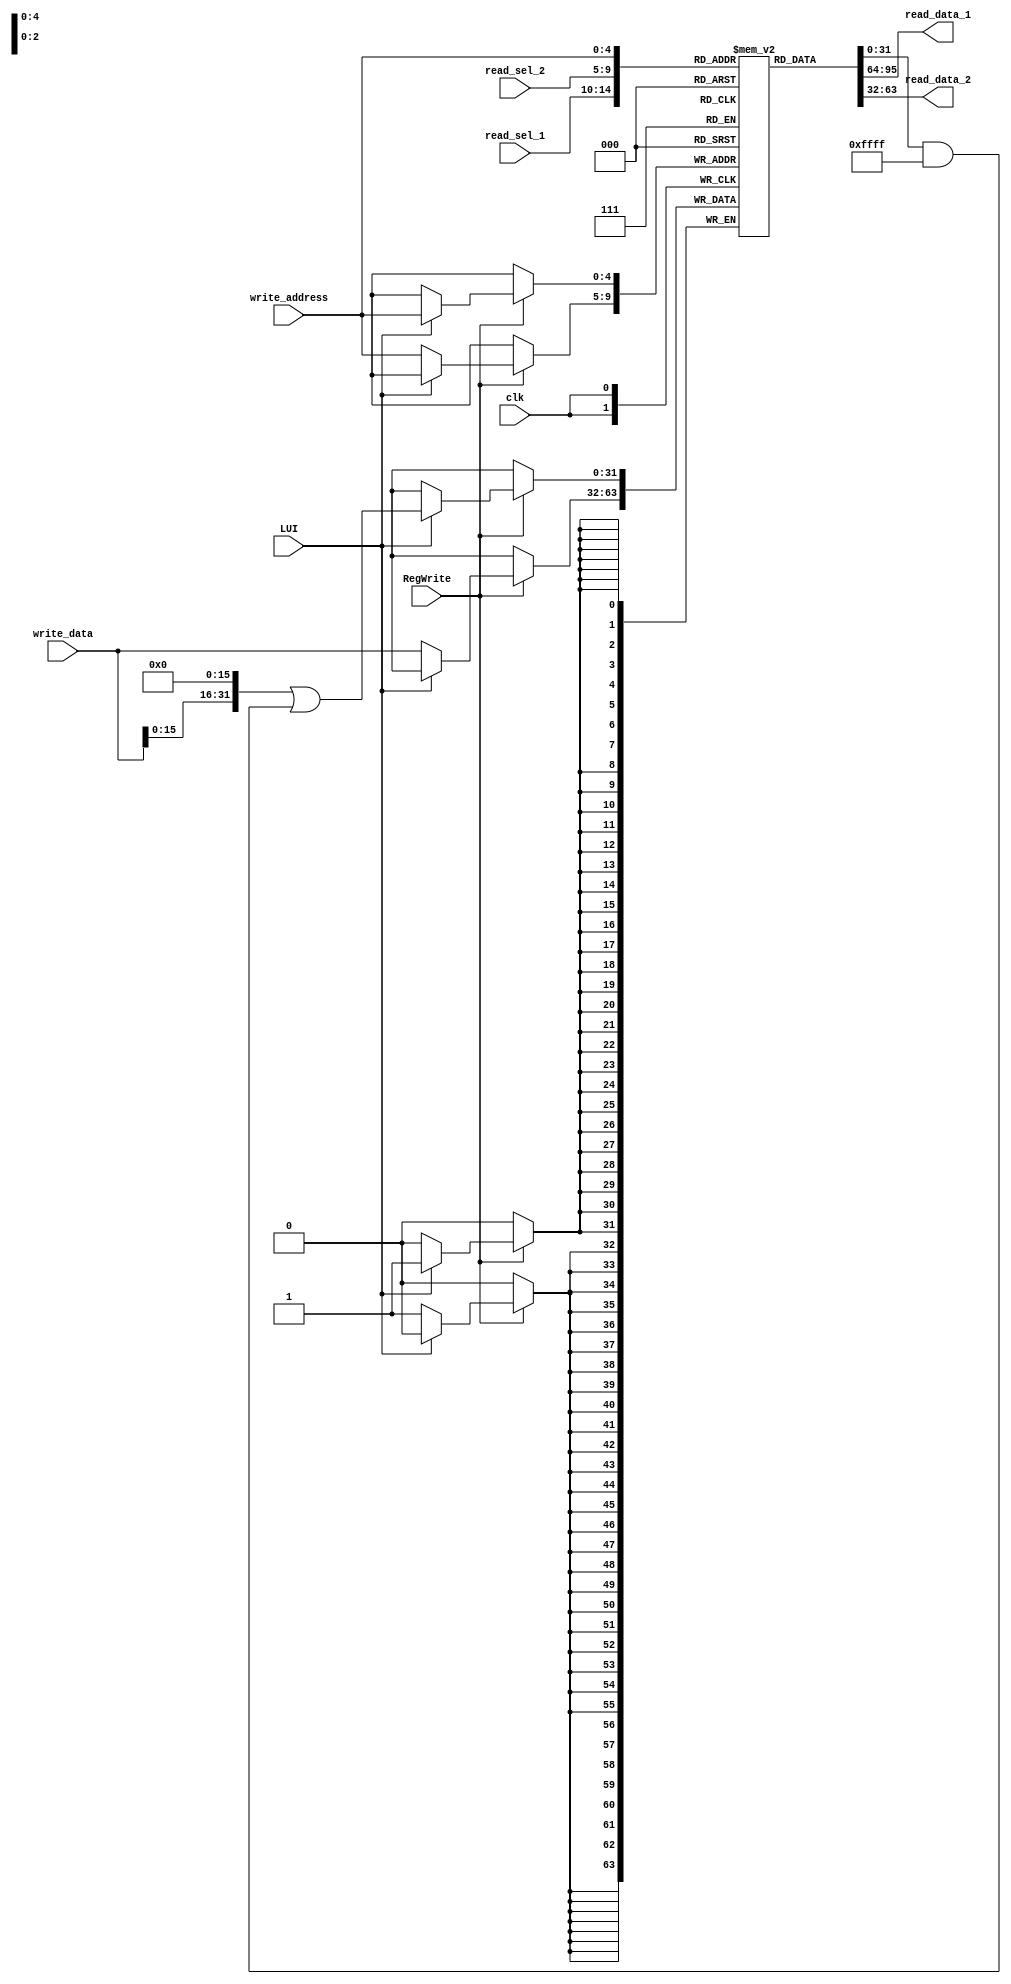
`timescale 1ns / 1ps
//////////////////////////////////////////////////////////////////////////////////
// Company: 
// Engineer: 
// 
// Design Name: 
// Module Name:    nbit_register_file
// Project Name: 
// Target Devices: 
// Tool versions: 
// Description: 
//
// Dependencies: 
//
// Revision: 
// Revision 0.01 - File Created
// Additional Comments: 
//
//////////////////////////////////////////////////////////////////////////////////
module nbit_register_file(write_data, 
                          read_data_1, read_data_2, 
                          read_sel_1, read_sel_2, 
                          write_address, RegWrite, clk,
								  LUI);
                          
    parameter data_width = 32;
    parameter select_width = 5; 
                          
    input                                       clk, RegWrite, LUI;
    input           [data_width-1:0]            write_data;
    input           [4:0]                       read_sel_1, read_sel_2, write_address;
    output		     [data_width-1:0]            read_data_1, read_data_2;
    
    reg             [data_width-1:0]            register_file [0:data_width-1];
    
    // for loop initializes all registers to 0, no need to rst
    integer i;
    initial begin
        for (i = 0; i < 32; i = i + 1) begin 
            register_file[i] = 32'd0;
        end     
    end
    
	 assign		read_data_1 = register_file[read_sel_1];
	 assign		read_data_2 = register_file[read_sel_2];
    
    always @ (posedge clk) begin
        if (RegWrite) begin
				if (LUI) begin
					register_file[write_address] <= write_data<<16 | (register_file[write_address] & 32'b0000_0000_0000_0000_1111_1111_1111_1111);
				end
				else
					register_file[write_address] <= write_data;
		  end
		  
    end
endmodule